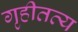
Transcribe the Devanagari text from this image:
गृहीतव्य